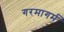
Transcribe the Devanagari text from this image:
गरमागर्म